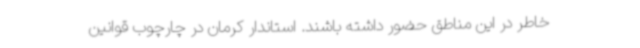
خاطر در این مناطق حضور داشته باشند. استاندار کرمان در چارچوب قوانین